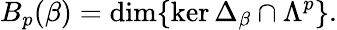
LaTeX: B_{p}(\beta)=\dim\{ \ker\Delta_{\beta}\cap\Lambda^{p}\} .